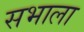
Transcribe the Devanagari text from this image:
सभाला